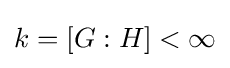
k=[G:H]<\infty